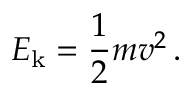
E _ { \mathrm { k } } = { \frac { 1 } { 2 } } m v ^ { 2 } \, .